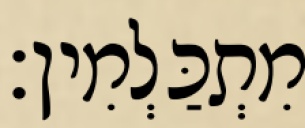
מִתְכַּלְמִין׃